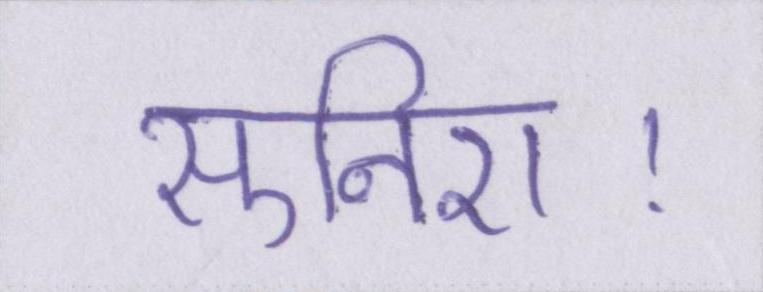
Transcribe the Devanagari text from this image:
सुनिए।